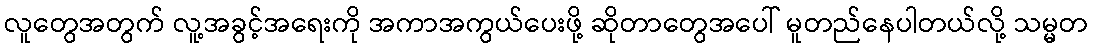
လူတွေအတွက် လူ့အခွင့်အရေးကို အကာအကွယ်ပေးဖို့ ဆိုတာတွေအပေါ် မူတည်နေပါတယ်လို့ သမ္မတ